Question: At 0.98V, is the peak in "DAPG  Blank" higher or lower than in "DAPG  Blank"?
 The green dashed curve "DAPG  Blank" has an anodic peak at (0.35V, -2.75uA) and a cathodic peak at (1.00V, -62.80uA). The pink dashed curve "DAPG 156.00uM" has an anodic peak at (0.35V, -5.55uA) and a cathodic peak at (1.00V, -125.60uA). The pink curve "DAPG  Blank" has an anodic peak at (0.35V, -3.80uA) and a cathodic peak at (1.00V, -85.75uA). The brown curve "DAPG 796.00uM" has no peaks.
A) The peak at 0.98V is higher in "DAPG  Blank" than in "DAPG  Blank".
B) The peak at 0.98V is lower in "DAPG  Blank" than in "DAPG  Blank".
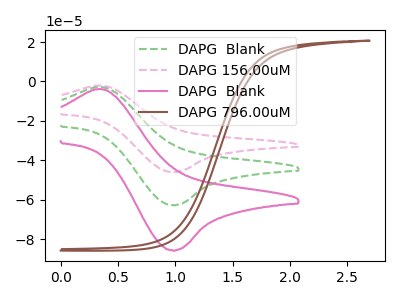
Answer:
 <answer>B) The peak at 0.98V is lower in "DAPG  Blank" than in "DAPG  Blank".</answer>
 <eval>B</eval>